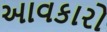
આવકારો